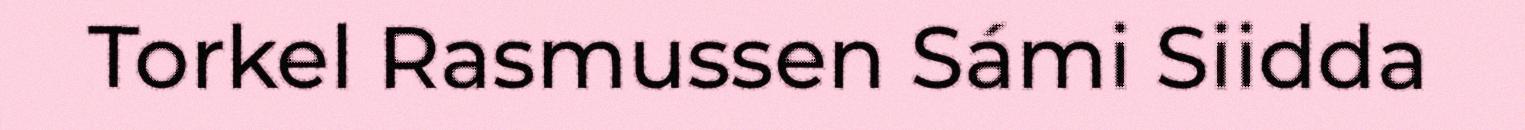
Torkel Rasmussen Sámi Siidda